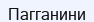
Пагганини